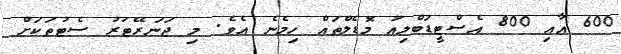
600 އާއި 800 އެސްޓީޑަބްލިއު މޮޑެލްތައް ހިމެނެ އެވެ. މި ޖަނަރޭޓަރު ސެޓުތަކަށް